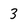
Character: 3